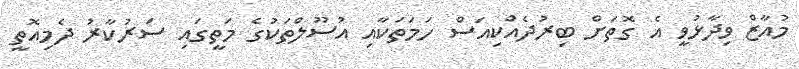
މުއާޒް ވިދާޅުވީ އެ ގޮތަށް ބިރުދެއްކިއަސް ހަމަތަކާއި އުސޫލްތަކުގެ މަތީގައި ސަރުކާރު ދެމިއޮތީ